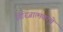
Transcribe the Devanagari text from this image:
गिरिजात्मकाचे